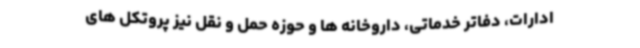
ادارات، دفاتر خدماتی، داروخانه ها و حوزه حمل و نقل نیز پروتکل های